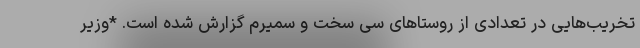
تخریب‌هایی در تعدادی از روستاهای سی سخت و سمیرم گزارش شده است. *وزیر